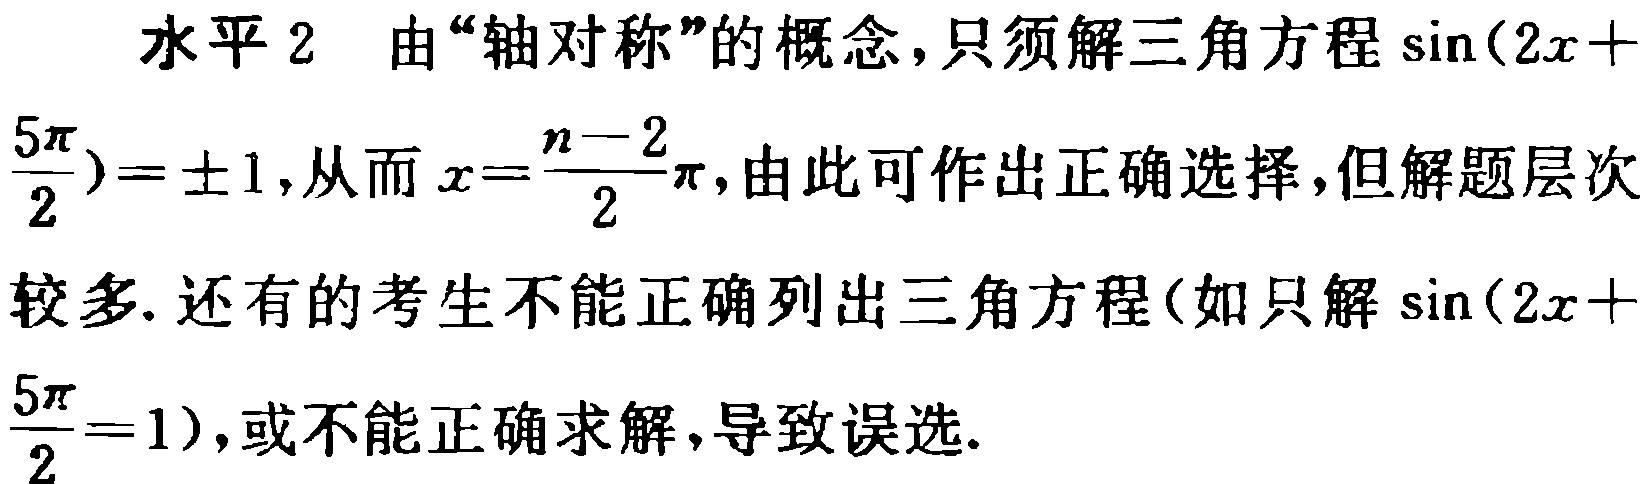
水平 2 由“轴对称”的概念，只须解三角方程\(\sin(2x + \frac{5\pi}{2}) = \pm1\)，从而\(x = \frac{n - 2}{2}\pi\)，由此可作出正确选择，但解题层次较多. 还有的考生不能正确列出三角方程(如只解\(\sin(2x + \frac{5\pi}{2}=1\))，或不能正确求解，导致误选.